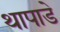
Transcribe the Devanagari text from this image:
थापाडे